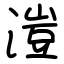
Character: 溰